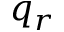
q _ { r }